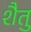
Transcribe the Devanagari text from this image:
शैतु